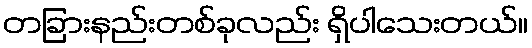
တခြားနည်းတစ်ခုလည်း ရှိပါသေးတယ်။